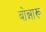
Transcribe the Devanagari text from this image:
बोन्नारू